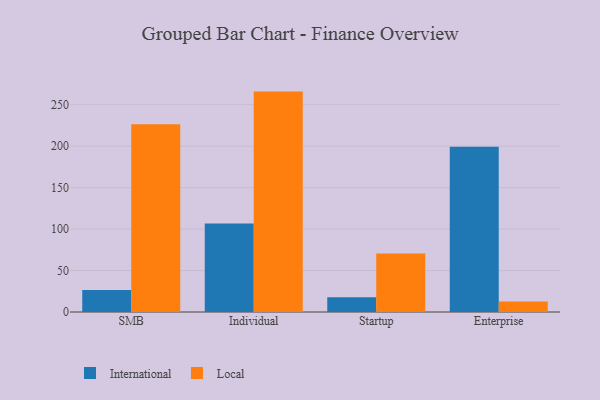
{"axis": {"x": "Segment", "y": "Headcount"}, "legend": ["International", "Local"], "data": [{"x": "SMB", "y": 26.4, "type": "International"}, {"x": "SMB", "y": 226.3, "type": "Local"}, {"x": "Individual", "y": 106.7, "type": "International"}, {"x": "Individual", "y": 265.7, "type": "Local"}, {"x": "Startup", "y": 17.8, "type": "International"}, {"x": "Startup", "y": 70.6, "type": "Local"}, {"x": "Enterprise", "y": 199.1, "type": "International"}, {"x": "Enterprise", "y": 12.6, "type": "Local"}]}